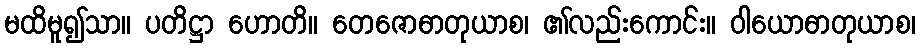
မထိမူ၍သာ။ ပတိဋ္ဌာ ဟောတိ။ တေဇောဓာတုယာစ၊ ၏လည်းကောင်း။ ဝါယောဓာတုယာစ၊